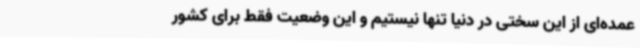
عمده‌ای از این سختی در دنیا تنها نیستیم و این وضعیت فقط برای کشور